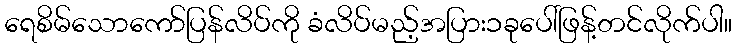
ရေစိမ်သောကော်ပြန်လိပ်ကို ခံလိပ်မည့်အပြား၁ခုပေါ်ဖြန့်တင်လိုက်ပါ။